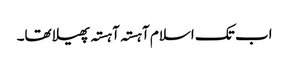
اب تک اسلام آہستہ آہستہ پھیلا تھا۔